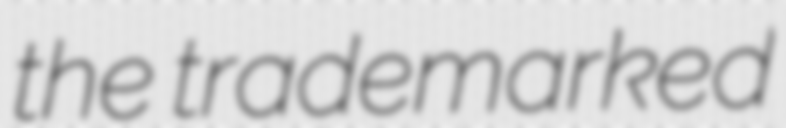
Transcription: the trademarked